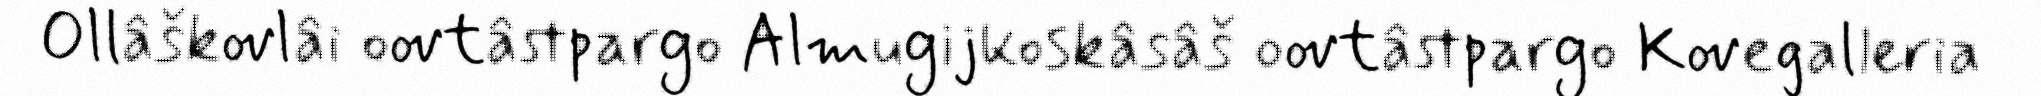
Ollâškovlâi oovtâstpargo Almugijkoskâsâš oovtâstpargo Kovegalleria